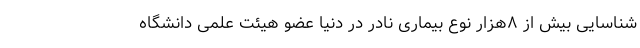
شناسایی بیش از ۸هزار نوع بیماری نادر در دنیا عضو هیئت علمی دانشگاه